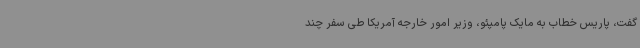
گفت، پاریس خطاب به مایک پامپئو، وزیر امور خارجه آمریکا طی سفر چند